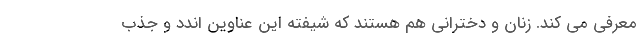
معرفی می کند. زنان و دخترانی هم هستند که شیفته این عناوین اندد و جذب